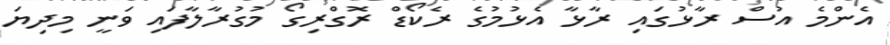
އެންމެ އުސް ރާޅުގައި ރާޅާ އެޅުމުގެ ރެކޯޑް ރޮގްރިގޯ މުގުރާލާފައި ވަނީ މިދިޔަ